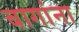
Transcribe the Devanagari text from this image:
बागांना